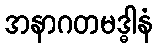
အနာဂတမဒ္ဓါနံ